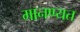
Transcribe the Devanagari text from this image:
मानण्यत